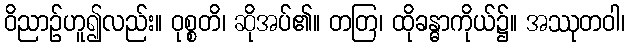
ဝိညာဉ်ဟူ၍လည်း။ ဝုစ္စတိ၊ ဆိုအပ်၏။ တတြ၊ ထိုခန္ဓာကိုယ်၌။ အဿုတဝါ၊